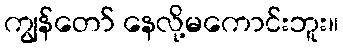
ကျွန်တော် နေလို့မကောင်းဘူး။